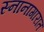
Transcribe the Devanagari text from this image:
स्नानागारात